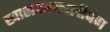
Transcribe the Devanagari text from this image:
खासकरकालीबंग